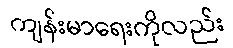
ကျန်းမာရေးကိုလည်း